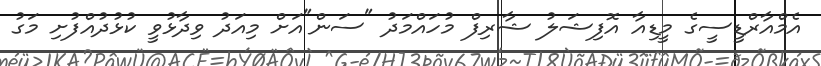
އެމްއާރްޑީސީގެ މީޑިއާ އޮފިޝަލު ޝާރިފް މުހައްމަދު "ސަން"އަށް މިއަދު ވިދާޅުވީ ކުޅުދުއްފުށި މަގު